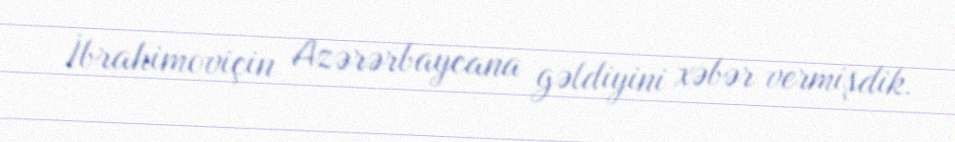
İbrahimoviçin Azərərbaycana gəldiyini xəbər vermişdik.